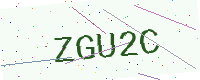
Text: ZGU2C